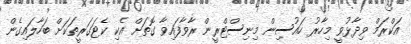
އަކްރަމް ވިދާޅުވީ މިހާރު ހައުސިން މިނިސްޓްރީން ރާވާފައިވާ ގޮތަށް އެކި ކެޓަގަރީތަކަށް ބަހާލައިގެން